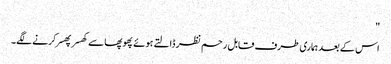
"
اس کے بعد ہماری طرف قابل رحم نظر ڈالتے ہوئے پھوپھا سے کھسر پھسر کرنے لگے۔